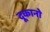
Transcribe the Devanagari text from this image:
दूकानो